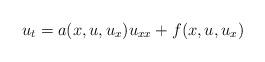
LaTeX: \begin{align*} u_t = a(x,u,u_x) u_{xx}+f(x,u,u_x)\end{align*}